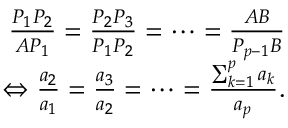
\begin{array} { r l r } & { } & { \frac { P _ { 1 } P _ { 2 } } { A P _ { 1 } } = \frac { P _ { 2 } P _ { 3 } } { P _ { 1 } P _ { 2 } } = \cdots = \frac { A B } { P _ { p - 1 } B } } \\ & { } & { \Leftrightarrow \frac { a _ { 2 } } { a _ { 1 } } = \frac { a _ { 3 } } { a _ { 2 } } = \cdots = \frac { \sum _ { k = 1 } ^ { p } a _ { k } } { a _ { p } } . } \end{array}